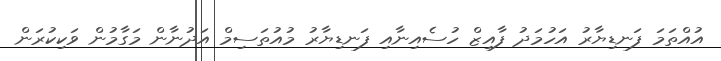
އުއްތަމަ ފަނޑިޔާރު އަހުމަދު ފާއިޒް ހުސެއިނާއި ފަނޑިޔާރު މުއުތަސިމް އަދުނާން މަގާމުން ވަކިކުރަން